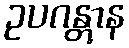
ဥပဂန္တွာန